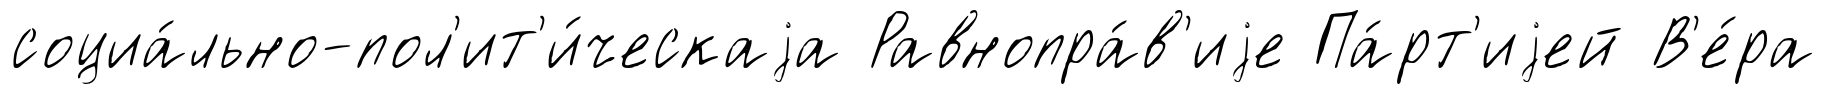
социа́льно-пол'ит'и́ческаjа Равнопра́в'иjе Па́рт'иjей В'е́ра